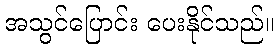
အသွင်ပြောင်း ပေးနိုင်သည်။